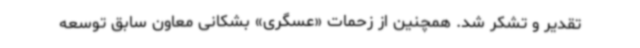
تقدیر و تشکر شد. همچنین از زحمات «عسگری» بشکانی معاون سابق توسعه